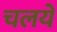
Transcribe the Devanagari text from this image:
चलये